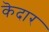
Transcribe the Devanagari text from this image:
कॆदार